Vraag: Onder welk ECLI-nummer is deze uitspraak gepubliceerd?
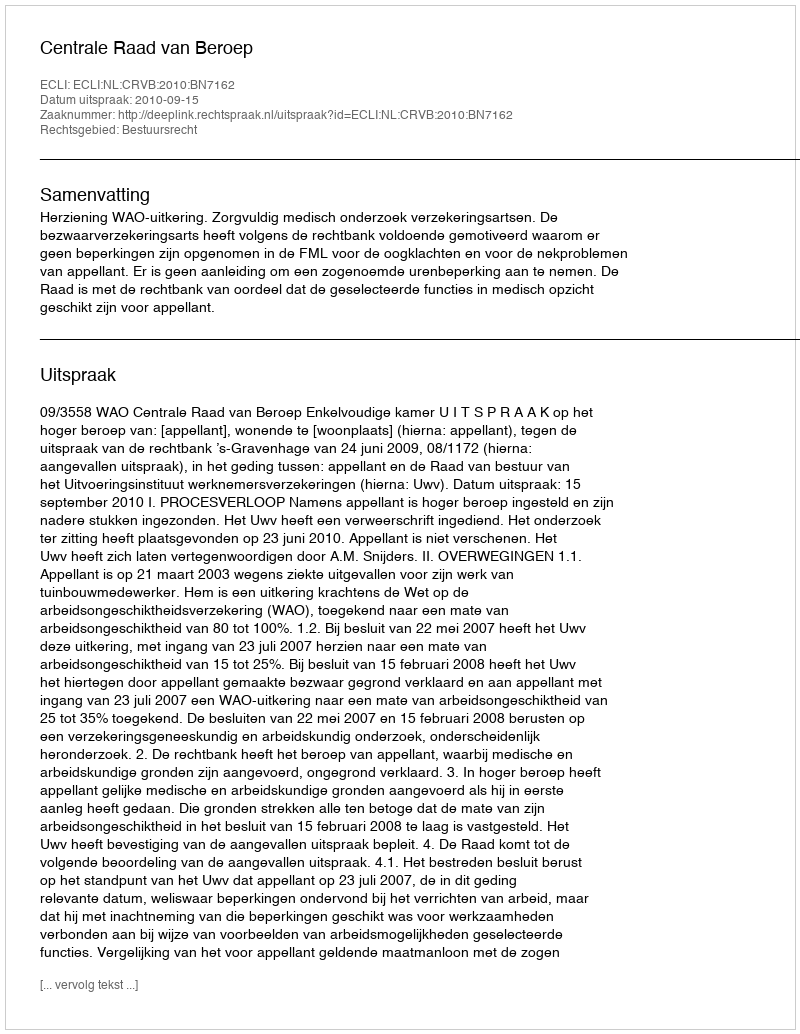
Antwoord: ECLI:NL:CRVB:2010:BN7162